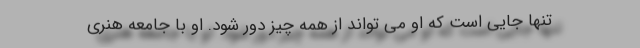
تنها جایی است که او می تواند از همه چیز دور شود. او با جامعه هنری